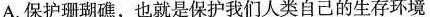
A.保护珊瑚礁，也就是保护我们人类自己的生存环境